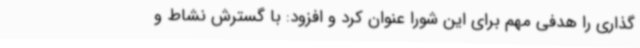
گذاری را هدفی مهم برای این شورا عنوان کرد و افزود: با گسترش نشاط و